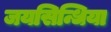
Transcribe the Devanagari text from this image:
जयसिन्धिया